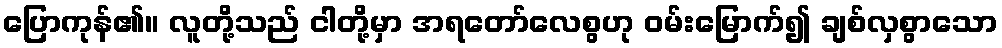
ပြောကုန်၏။ လူတို့သည် ငါတို့မှာ အရတော်လေစွဟု ဝမ်းမြောက်၍ ချစ်လှစွာသော